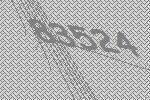
83524